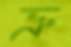
ভ্রু